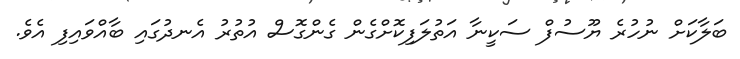
ބަލާކަށް ނުހުރެ ޔޫސުފް ސަކީނާ އަތުލަފިކޮށްގެން ގެންގޮސް އުތުރު އެނދުގައި ބާއްވައިފި އެވެ.